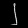
Digit: ၂